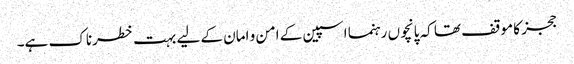
ججز کا موقف تھا کہ پانچوں رہنما اسپین کے امن و امان کے لیے بہت خطرناک ہے۔